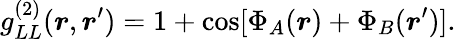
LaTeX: g_{LL}^{(2)}(\boldsymbol{r},\boldsymbol{r}^{\prime})=1+\cos[\Phi_{A}(\boldsymbol{r})+\Phi_{B}(\boldsymbol{r}^{\prime})].